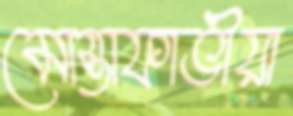
মোস্তাফাভীয়া